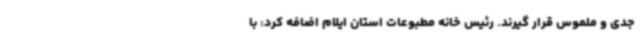
جدی و ملموس قرار گیرند. رئیس خانه مطبوعات استان ایلام اضافه کرد: با